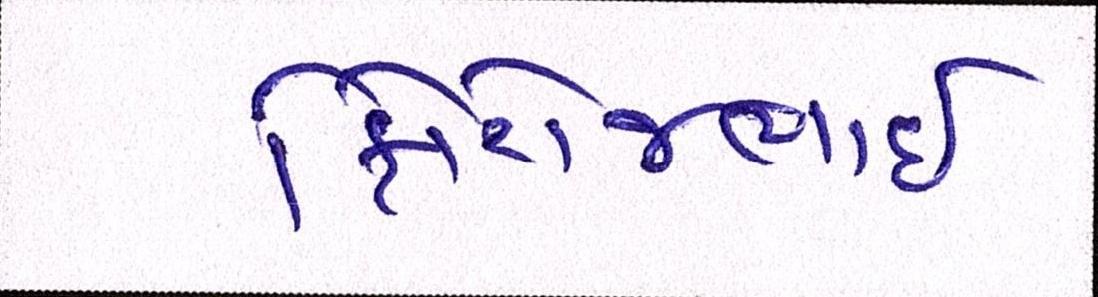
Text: ફિરોજભાઇ